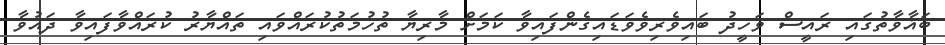
ބަޣާވާތުގައި ރައީސް ވަހީދު ބައިވެރިވެވަޑައިގެންފައިވާ ކަމަށް މާރިޔާ ތުހުމަތުކުރައްވައި ތައްޔާރު ކުރައްވާފައިވާ ދައުވާ